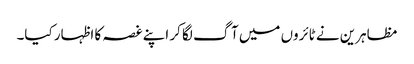
مظاہرین نے ٹائروں میں آگ لگا کر اپنے غصہ کا اظہار کیا۔